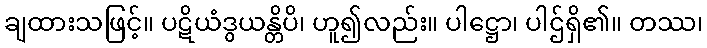
ချထားသဖြင့်။ ပဋိယံဒွယန္တိပိ၊ ဟူ၍လည်း။ ပါဋ္ဌော၊ ပါဌ်ရှိ၏။ တဿ၊